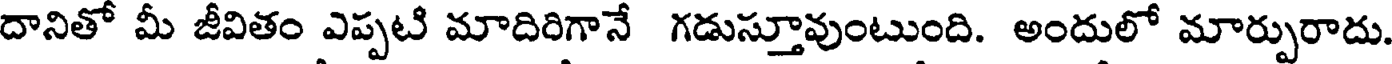
దానితో మీ జీవితం ఎప్పటి మాదిరిగానే గడుస్తూవుంటుంది. అందులో మార్పురాదు.